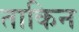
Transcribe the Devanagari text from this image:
ताकिन